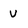
Character: u